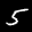
Label: 5